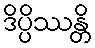
ဒိပ္ပိဿန္တိ